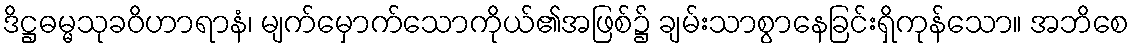
ဒိဋ္ဌဓမ္မသုခဝိဟာရာနံ၊ မျက်မှောက်သောကိုယ်၏အဖြစ်၌ ချမ်းသာစွာနေခြင်းရှိကုန်သော။ အဘိစေ